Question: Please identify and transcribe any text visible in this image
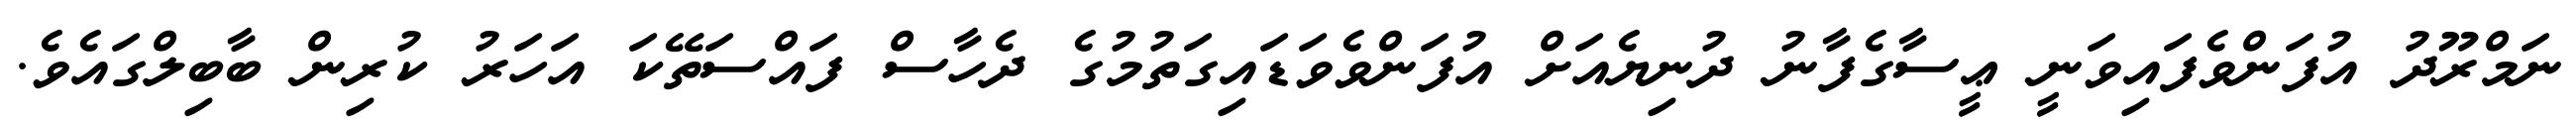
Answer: ނަމްރޫދު އުފަންވެފައިވަނީ ޢީސާގެފާނު ދުނިޔެއަށް އުފަންވެވަޑައިގަތުމުގެ ދެހާސް ފައްސަތޭކަ އަހަރު ކުރިން ބާބިލްގައެވެ.